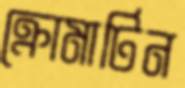
ক্রোমাটিন